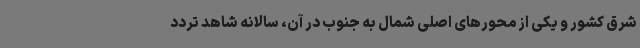
شرق کشور و یکی از محورهای اصلی شمال به جنوب در آن، سالانه شاهد تردد